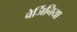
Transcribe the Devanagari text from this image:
वेर्जिनिया